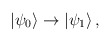
\begin{align*}|\psi_0\rangle \rightarrow |\psi_1\rangle\,,\end{align*}